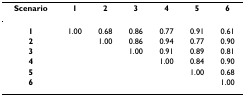
<table><thead><tr><td><b>Scenario</b></td><td><b>1</b></td><td><b>2</b></td><td><b>3</b></td><td><b>4</b></td><td><b>5</b></td><td><b>6</b></td></tr></thead><tbody><tr><td><b>1</b></td><td>1.00</td><td>0.68</td><td>0.86</td><td>0.77</td><td>0.91</td><td>0.61</td></tr><tr><td><b>2</b></td><td></td><td>1.00</td><td>0.86</td><td>0.94</td><td>0.77</td><td>0.90</td></tr><tr><td><b>3</b></td><td></td><td></td><td>1.00</td><td>0.91</td><td>0.89</td><td>0.81</td></tr><tr><td><b>4</b></td><td></td><td></td><td></td><td>1.00</td><td>0.84</td><td>0.90</td></tr><tr><td><b>5</b></td><td></td><td></td><td></td><td></td><td>1.00</td><td>0.68</td></tr><tr><td><b>6</b></td><td></td><td></td><td></td><td></td><td></td><td>1.00</td></tr></tbody></table>